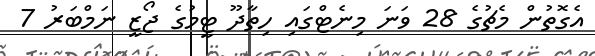
އެގޮތުން މެޗުގެ 28 ވަނަ މިނެޓްގައި ހިތާދޫ ޓީމުގެ ޖޯޒީ ނަމްބަރު 7